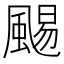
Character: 𩗺